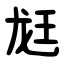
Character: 䶭